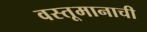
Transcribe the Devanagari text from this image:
वस्तूमानाची